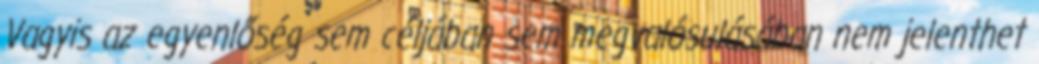
Vagyis az egyenlőség sem céljában sem megvalósulásában nem jelenthet